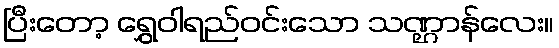
ပြီးတော့ ရွှေဝါရည်ဝင်းသော သဏ္ဌာန်လေး။